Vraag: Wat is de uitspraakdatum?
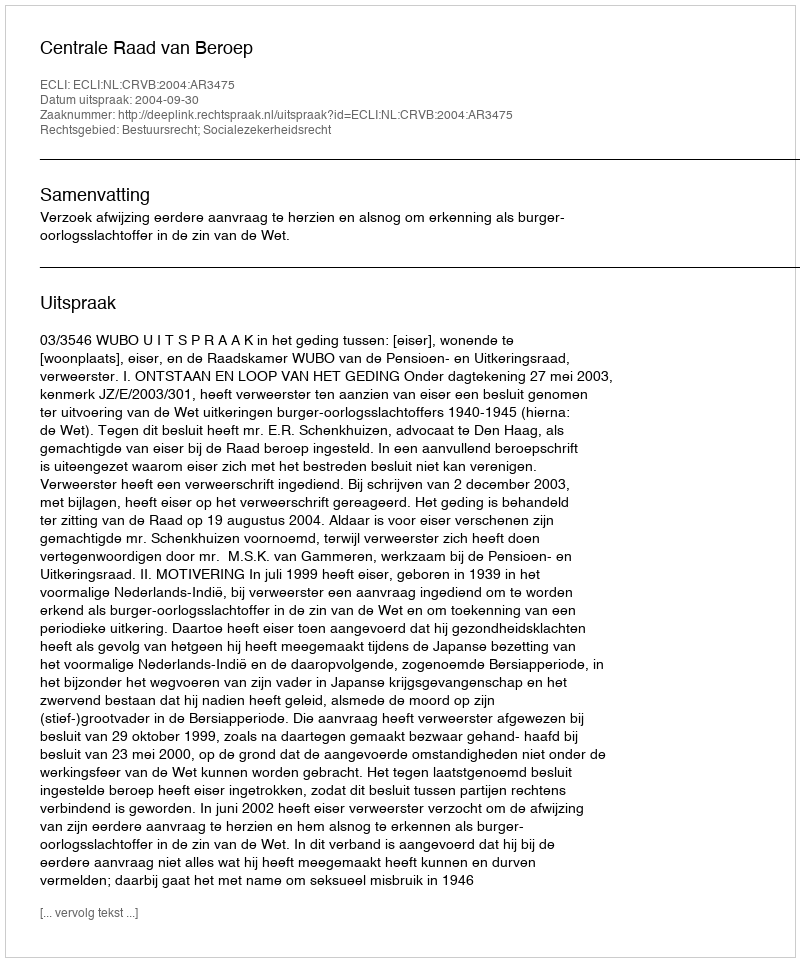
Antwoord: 2004-09-30